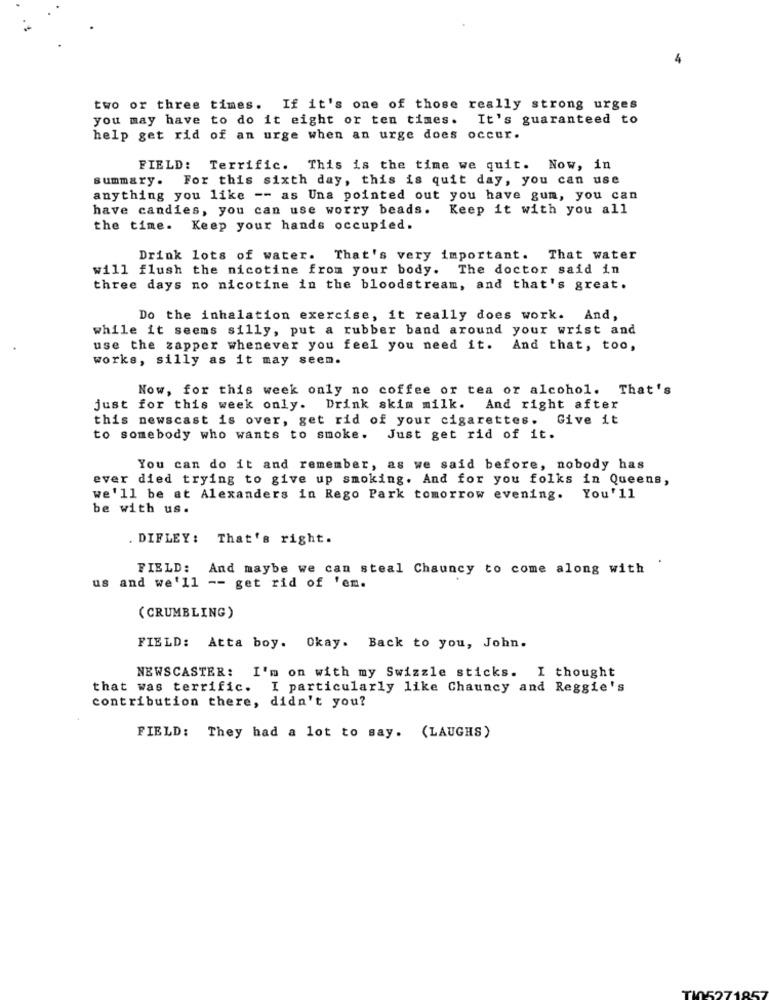
two or three times. If it's one of those really strong urges
you may have to do it eight or ten times. It's guaranteed to
help get rid of an urge when an urge does occur.
FIELD: Terrific. This is the time we quit. Now, in
summary. For this sixth day, this is quit day, you can use
anything you like -- as Una pointed out you have gum, you can
have candies, you can use worry beads.
Keep it with you all
the time.
Keep your hands occupied.
Drink lots of water.
That's very important. That water
will flush the nicotine from your body. The doctor said in
three days no nicotine in the bloodstream, and that's great.
Do the inhalation exercise, it really does work. And,
while it seems silly, put a rubber band around your wrist and
use the zapper whenever you feel you need it. And that, too,
works, silly as it may seem.
Now, for this week only no coffee or tea or alcohol. That's
just for this week only. Drink skim milk. And right after
this newscast is over, get rid of your cigarettes. Give it
to somebody who wants to smoke. Just get rid of it.
You can do it and remember, as we said before, nobody has
ever died trying to give up smoking. And for you folks in Queens,
we'll be at Alexanders in Rego Park tomorrow evening. You'll
be with us.
. DIFLEY: That's right.
FIELD:
And maybe we can steal Chauncy to come along with
us and we'll -- get rid of 'em.
( CRUMBLING)
FIELD: Atta boy. Okay. Back to you, John.
NEWSCASTER: I'm on with my Swizzle sticks. I thought
that was terrific. I particularly like Chauncy and Reggie's
contribution there, didn't you?
FIELD: They had a lot to say. (LAUGHS)